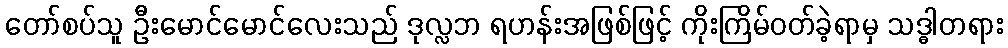
တော်စပ်သူ ဦးမောင်မောင်လေးသည် ဒုလ္လဘ ရဟန်းအဖြစ်ဖြင့် ကိုးကြိမ်ဝတ်ခဲ့ရာမှ သဒ္ဓါတရား